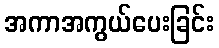
အကာအကွယ်ပေးခြင်း